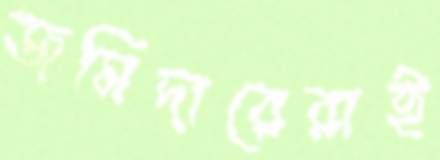
জমিদারেরাই